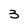
Character: 3